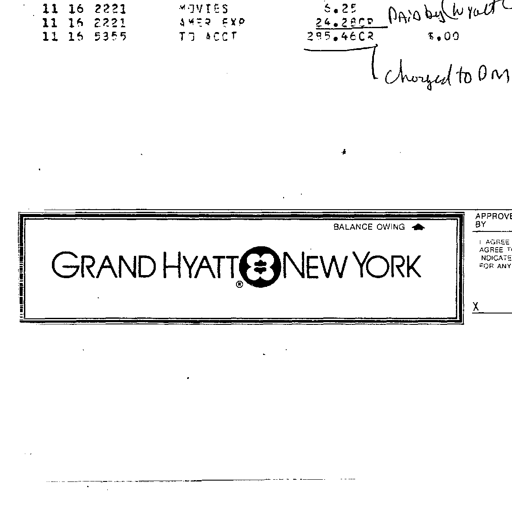
11 16 2221 MOVIES 6.25
11 16 2221 AMER EXP 24.28CR
11 16 5355 TO ACCT 295.46CR PAID by Wyatt
$.00
charged to DM
BALANCE OWING
GRAND HYATT NEW YORK
APPROVE BY
I AGREE AGREE T INDICATE FOR ANY
X